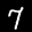
Label: 7